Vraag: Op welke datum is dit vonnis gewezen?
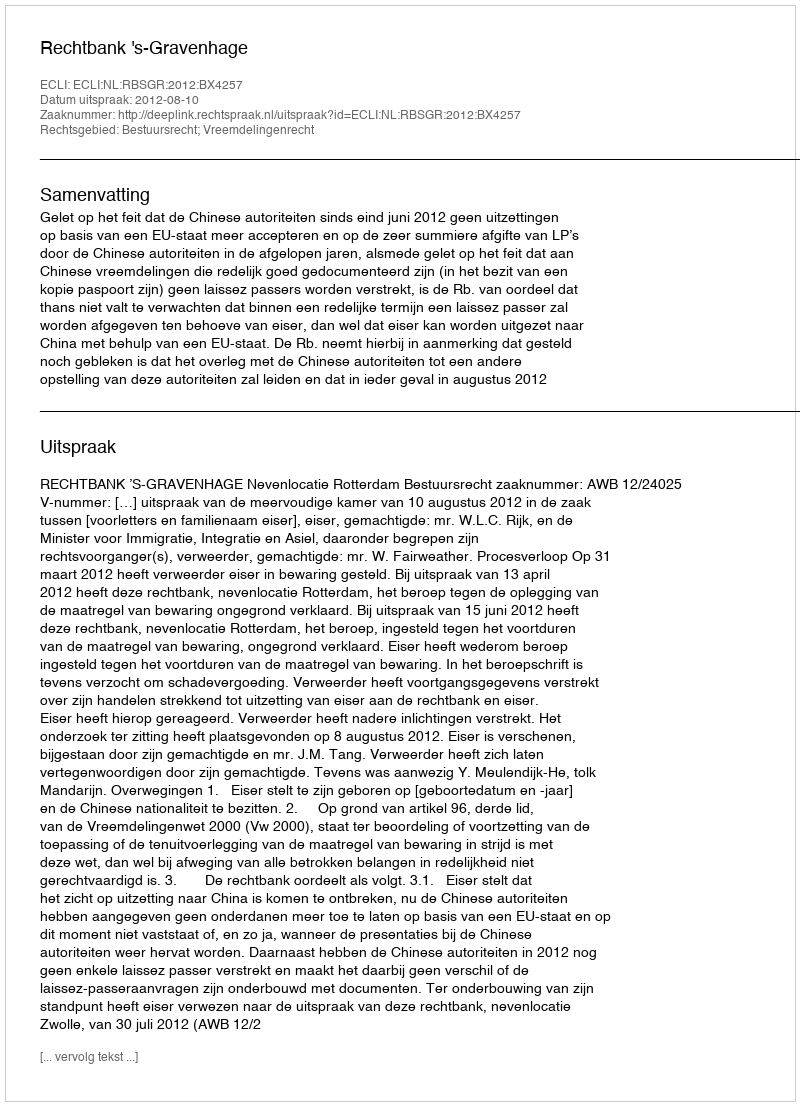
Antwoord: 2012-08-10